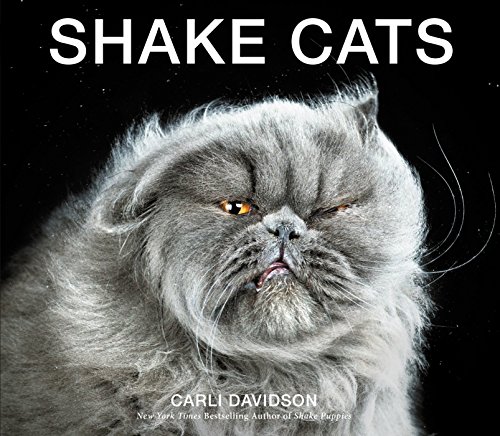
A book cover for Shake Cats; Carli Davidson; Crafts, Hobbies & Home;